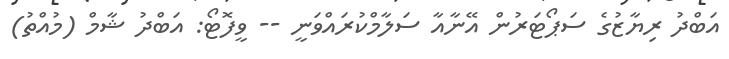
އަބްދު ރިޔާޒުގެ ސަޕޯޓަރުން އޭނާއާ ސަލާމްކުރައްވަނީ -- ވީފޮޓޯ: އަބްދު ޝާމް (މުއްތު)